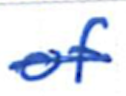
Text: of
Cross-out: single-line
Writing tool: ballpoint